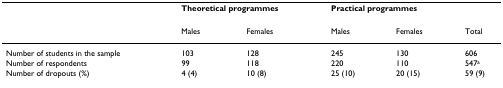
<table><thead><tr><td></td><td colspan="2"><b>Theoretical programmes</b></td><td colspan="2"><b>Practical programmes</b></td><td></td></tr></thead><tbody><tr><td></td><td>Males</td><td>Females</td><td>Males</td><td>Females</td><td>Total</td></tr><tr><td>Number of students in the sample</td><td>103</td><td>128</td><td>245</td><td>130</td><td>606</td></tr><tr><td>Number of respondents</td><td>99</td><td>118</td><td>220</td><td>110</td><td>547<sup>a</sup></td></tr><tr><td>Number of dropouts (%)</td><td>4 (4)</td><td>10 (8)</td><td>25 (10)</td><td>20 (15)</td><td>59 (9)</td></tr></tbody></table>